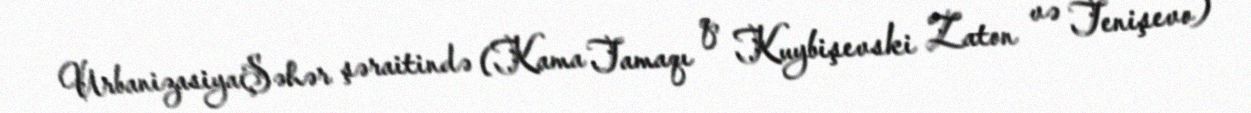
UrbanizasiyaŞəhər şəraitində (Kama Tamaqı q, Kuybişevski Zaton və Tenişevo)